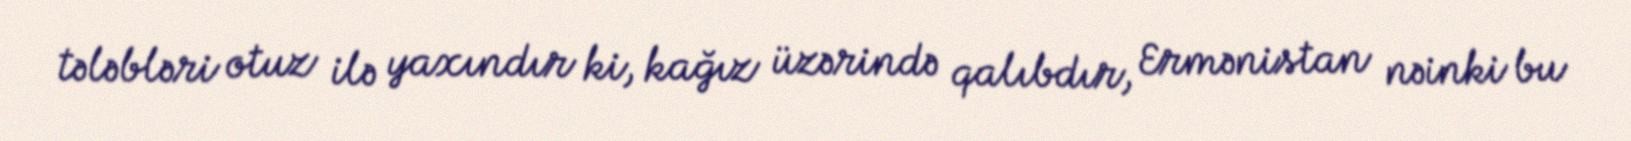
tələbləri otuz ilə yaxındır ki, kağız üzərində qalıbdır, Ermənistan nəinki bu